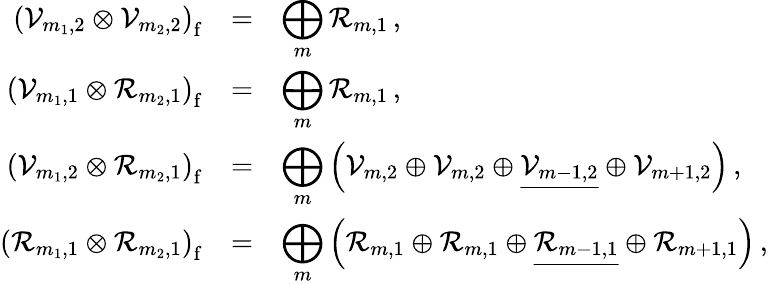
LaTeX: \begin{array}{rcl}{{{\displaystyle\left({\cal V}_{m_{1},2}\otimes{\cal V}_{m_{2},2}\right)_{\mathrm f}}}}&{{=}}&{{\displaystyle\bigoplus_{m}{\cal R}_{m,1}\, ,}}\\ {{\displaystyle\left({\cal V}_{m_{1},1}\otimes{\cal R}_{m_{2},1}\right)_{\mathrm f}}}&{{=}}&{{\displaystyle\bigoplus_{m}{\cal R}_{m,1}\, ,}}\\ {{\displaystyle\left({\cal V}_{m_{1},2}\otimes{\cal R}_{m_{2},1}\right)_{\mathrm f}}}&{{=}}&{{\displaystyle\bigoplus_{m}\left({\cal V}_{m,2}\oplus{\cal V}_{m,2}\oplus\underline{{{{\cal V}_{m-1,2}}}}\oplus{\cal V}_{m+1,2}\right)\, ,}}\\ {{\displaystyle\left({\cal R}_{m_{1},1}\otimes{\cal R}_{m_{2},1}\right)_{\mathrm f}}}&{{=}}&{{\displaystyle\bigoplus_{m}\left({\cal R}_{m,1}\oplus{\cal R}_{m,1}\oplus\underline{{{{\cal R}_{m-1,1}}}}\oplus{\cal R}_{m+1,1}\right)\, ,}}\end{array}